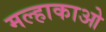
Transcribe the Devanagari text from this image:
मल्हाकाओ